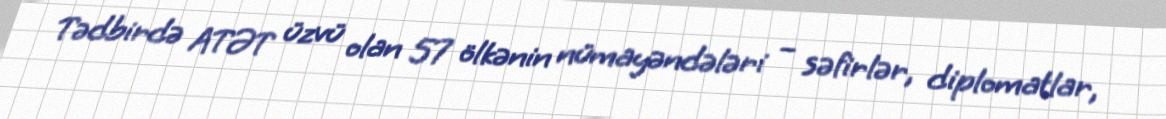
Tədbirdə ATƏT üzvü olan 57 ölkənin nümayəndələri – səfirlər, diplomatlar,